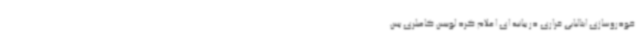
خودروسازی ایتالیایی فراری در بیانیه ای اعلام کرد لوییس کامیلری پس